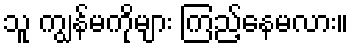
သူ ကျွန်မကိုများ ကြည့်နေမလား။